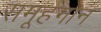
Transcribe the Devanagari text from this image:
समूहगान